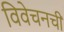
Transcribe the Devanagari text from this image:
विवेचनची